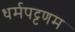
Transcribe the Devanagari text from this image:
धर्मपट्टणम